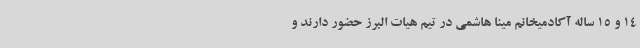
14 و 15 ساله آکادمیخانم مینا هاشمی در تیم هیات البرز حضور دارند و